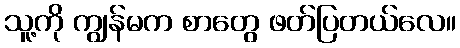
သူ့ကို ကျွန်မက စာတွေ ဖတ်ပြတယ်လေ။